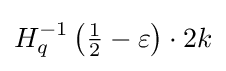
H_{q}^{-1}\left({\tfrac {1}{2}}-\varepsilon \right)\cdot 2k